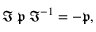
{ \mathfrak { I } } \; { \mathfrak { p } } \; { \mathfrak { I } } ^ { - 1 } = - { \mathfrak { p } } ,